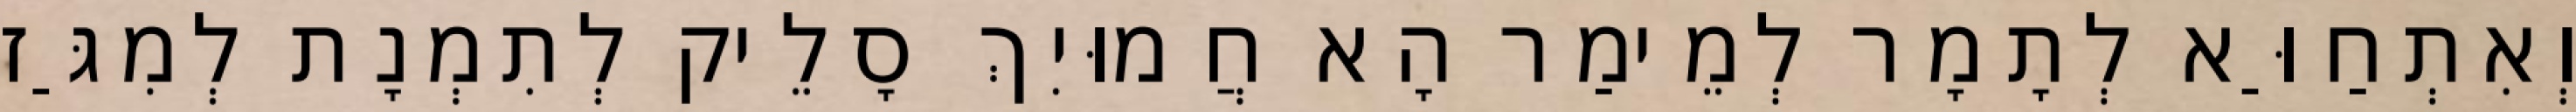
וְאִתְחַוַּא לְתָמָר לְמֵימַר הָא חֲמוּיִךְ סָלֵיק לְתִמְנָת לְמִגַּז